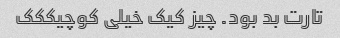
تارت بد بود. چیز کیک خیلی کوچیککک